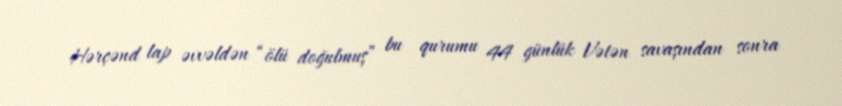
Hərçənd lap əvvəldən “ölü doğulmuş” bu qurumu 44 günlük Vətən savaşından sonra